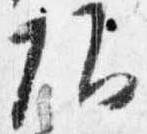
頭